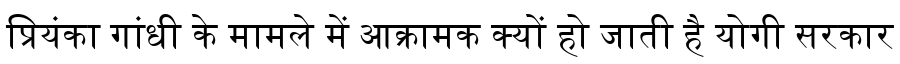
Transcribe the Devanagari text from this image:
प्रियंका गांधी के मामले में आक्रामक क्यों हो जाती है योगी सरकार